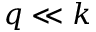
q \ll k